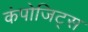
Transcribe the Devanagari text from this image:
कंपोजिट्स